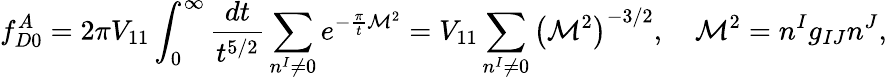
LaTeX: f_{D0}^{A}=2\pi V_{11}\int_{0}^{\infty}\frac{dt}{t^{5/2}}\sum_{n^{I}\ne 0}e^{-\frac{\pi}{t}{\cal M}^{2}}=V_{11}\sum_{n^{I}\ne 0}\left({\cal M}^{2}\right)^{-3/2},\quad{\cal M}^{2}=n^{I}g_{IJ}n^{J},